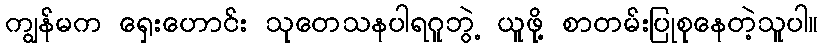
ကျွန်မက ရှေးဟောင်း သုတေသနပါရဂူဘွဲ့ ယူဖို့ စာတမ်းပြုစုနေတဲ့သူပါ။